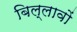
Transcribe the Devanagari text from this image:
बिल्लावों